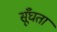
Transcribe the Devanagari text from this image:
सूँघता